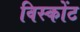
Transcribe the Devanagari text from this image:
विस्कोंट